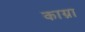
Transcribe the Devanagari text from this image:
काग्ना